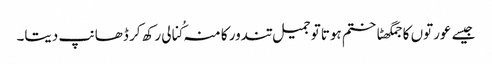
جیسے عورتوں کا جمگھٹاختم ہوتا توجمیل تندور کا منہ کُنالی رکھ کر ڈھانپ دیتا۔